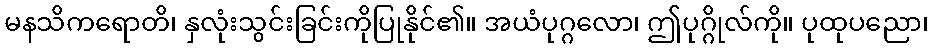
မနသိကရောတိ၊ နှလုံးသွင်းခြင်းကိုပြုနိုင်၏။ အယံပုဂ္ဂလော၊ ဤပုဂ္ဂိုလ်ကို။ ပုထုပညော၊